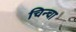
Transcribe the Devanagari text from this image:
चिन्चा